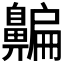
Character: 𪖯